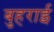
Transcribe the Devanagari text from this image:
बुहराई